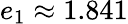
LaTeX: e_{1}\approx 1.841